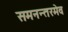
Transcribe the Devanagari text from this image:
समनन्तरमेव